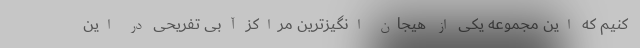
کنیم که این مجموعه یکی از هیجان انگیزترین مراکز آبی تفریحی در این